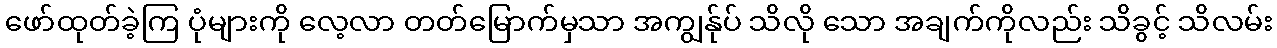
ဖော်ထုတ်ခဲ့ကြ ပုံများကို လေ့လာ တတ်မြောက်မှသာ အကျွန်ုပ် သိလို သော အချက်ကိုလည်း သိခွင့် သိလမ်း